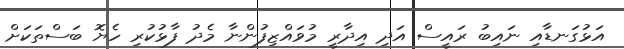
އަޅުގަނޑާއި ނައިބު ރައީސް އަދި އިދާރީ މުވައްޒިފުންނާ މެދު ފާޅުކުރި ހެޔޮ ބަސްތަކަށް